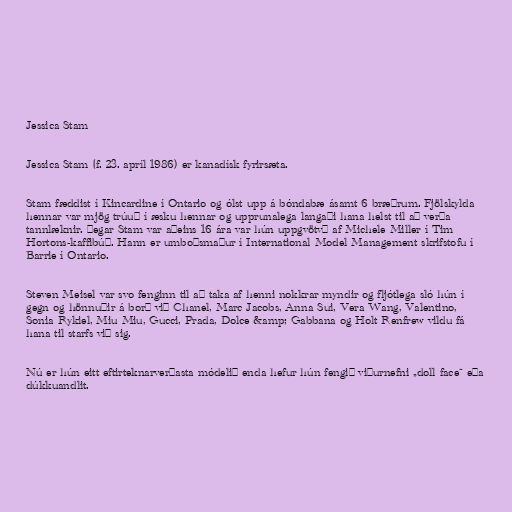
Jessica Stam

Jessica Stam (f. 23. apríl 1986) er kanadísk fyrirsæta.

Stam fæddist í Kincardine í Ontario og ólst upp á bóndabæ ásamt 6 bræðrum. Fjölskylda
hennar var mjög trúuð í æsku hennar og upprunalega langaði hana helst til að verða
tannlæknir. Þegar Stam var aðeins 16 ára var hún uppgvötvð af Michele Miller í Tim
Hortons-kaffibúð. Hann er umboðsmaður í International Model Management skrifstofu í
Barrie í Ontario.

Steven Meisel var svo fenginn til að taka af henni nokkrar myndir og fljótlega sló hún í
gegn og hönnuðir á borð við Chanel, Marc Jacobs, Anna Sui, Vera Wang, Valentino,
Sonia Rykiel, Miu Miu, Gucci, Prada, Dolce &amp; Gabbana og Holt Renfrew vildu fá
hana til starfs við sig.

Nú er hún eitt eftirteknarverðasta módelið enda hefur hún fengið viðurnefni „doll face“ eða
dúkkuandlit.